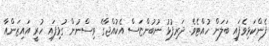
ފެންކަޅިވެފައި ބަލަން ހުއްޓެވެ. ދަރިފުޅު ނުބުންޏަސް އެކުއްޖާގެ ވިސްނުން ގުޅިފައި ހުރީ އައިޒަންއާ